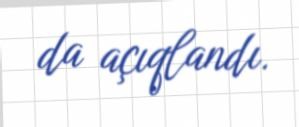
da açıqlandı.